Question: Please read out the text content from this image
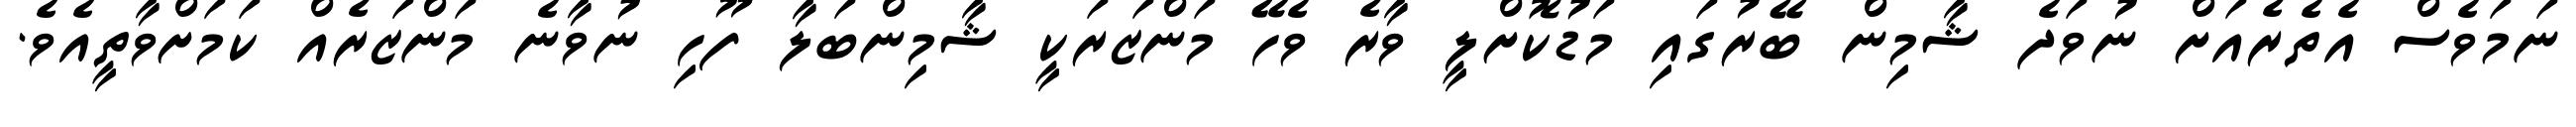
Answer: ނަމަވެސް އެތެރެއަށް ނުވަދެ ޝާމިން ބޭރުގައި މަޑުކޮށްލީ ވާރެ ވެހޭ މަންޒަރަކީ ޝާމިންބަލާ ފޫހި ނުވާނެ މަންޒަރެއް ކަމަށްވާތީއެވެ.